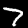
Label: 7